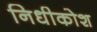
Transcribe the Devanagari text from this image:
निधीकोश